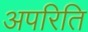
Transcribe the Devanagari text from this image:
अपरिति